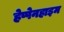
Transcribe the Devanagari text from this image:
हेप्पेनहाइम